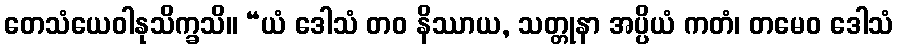
တေသံယေဝါနုသိက္ခသိ။ “ယံ ဒေါသံ တဝ နိဿာယ, သတ္တုနာ အပ္ပိယံ ကတံ၊ တမေဝ ဒေါသံ